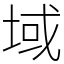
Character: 域